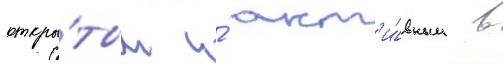
откры́тым и́ акт'и́вным в